65_HS1-834228961_62-HQ-83894_Section_6
Agency: FBI
Page 26
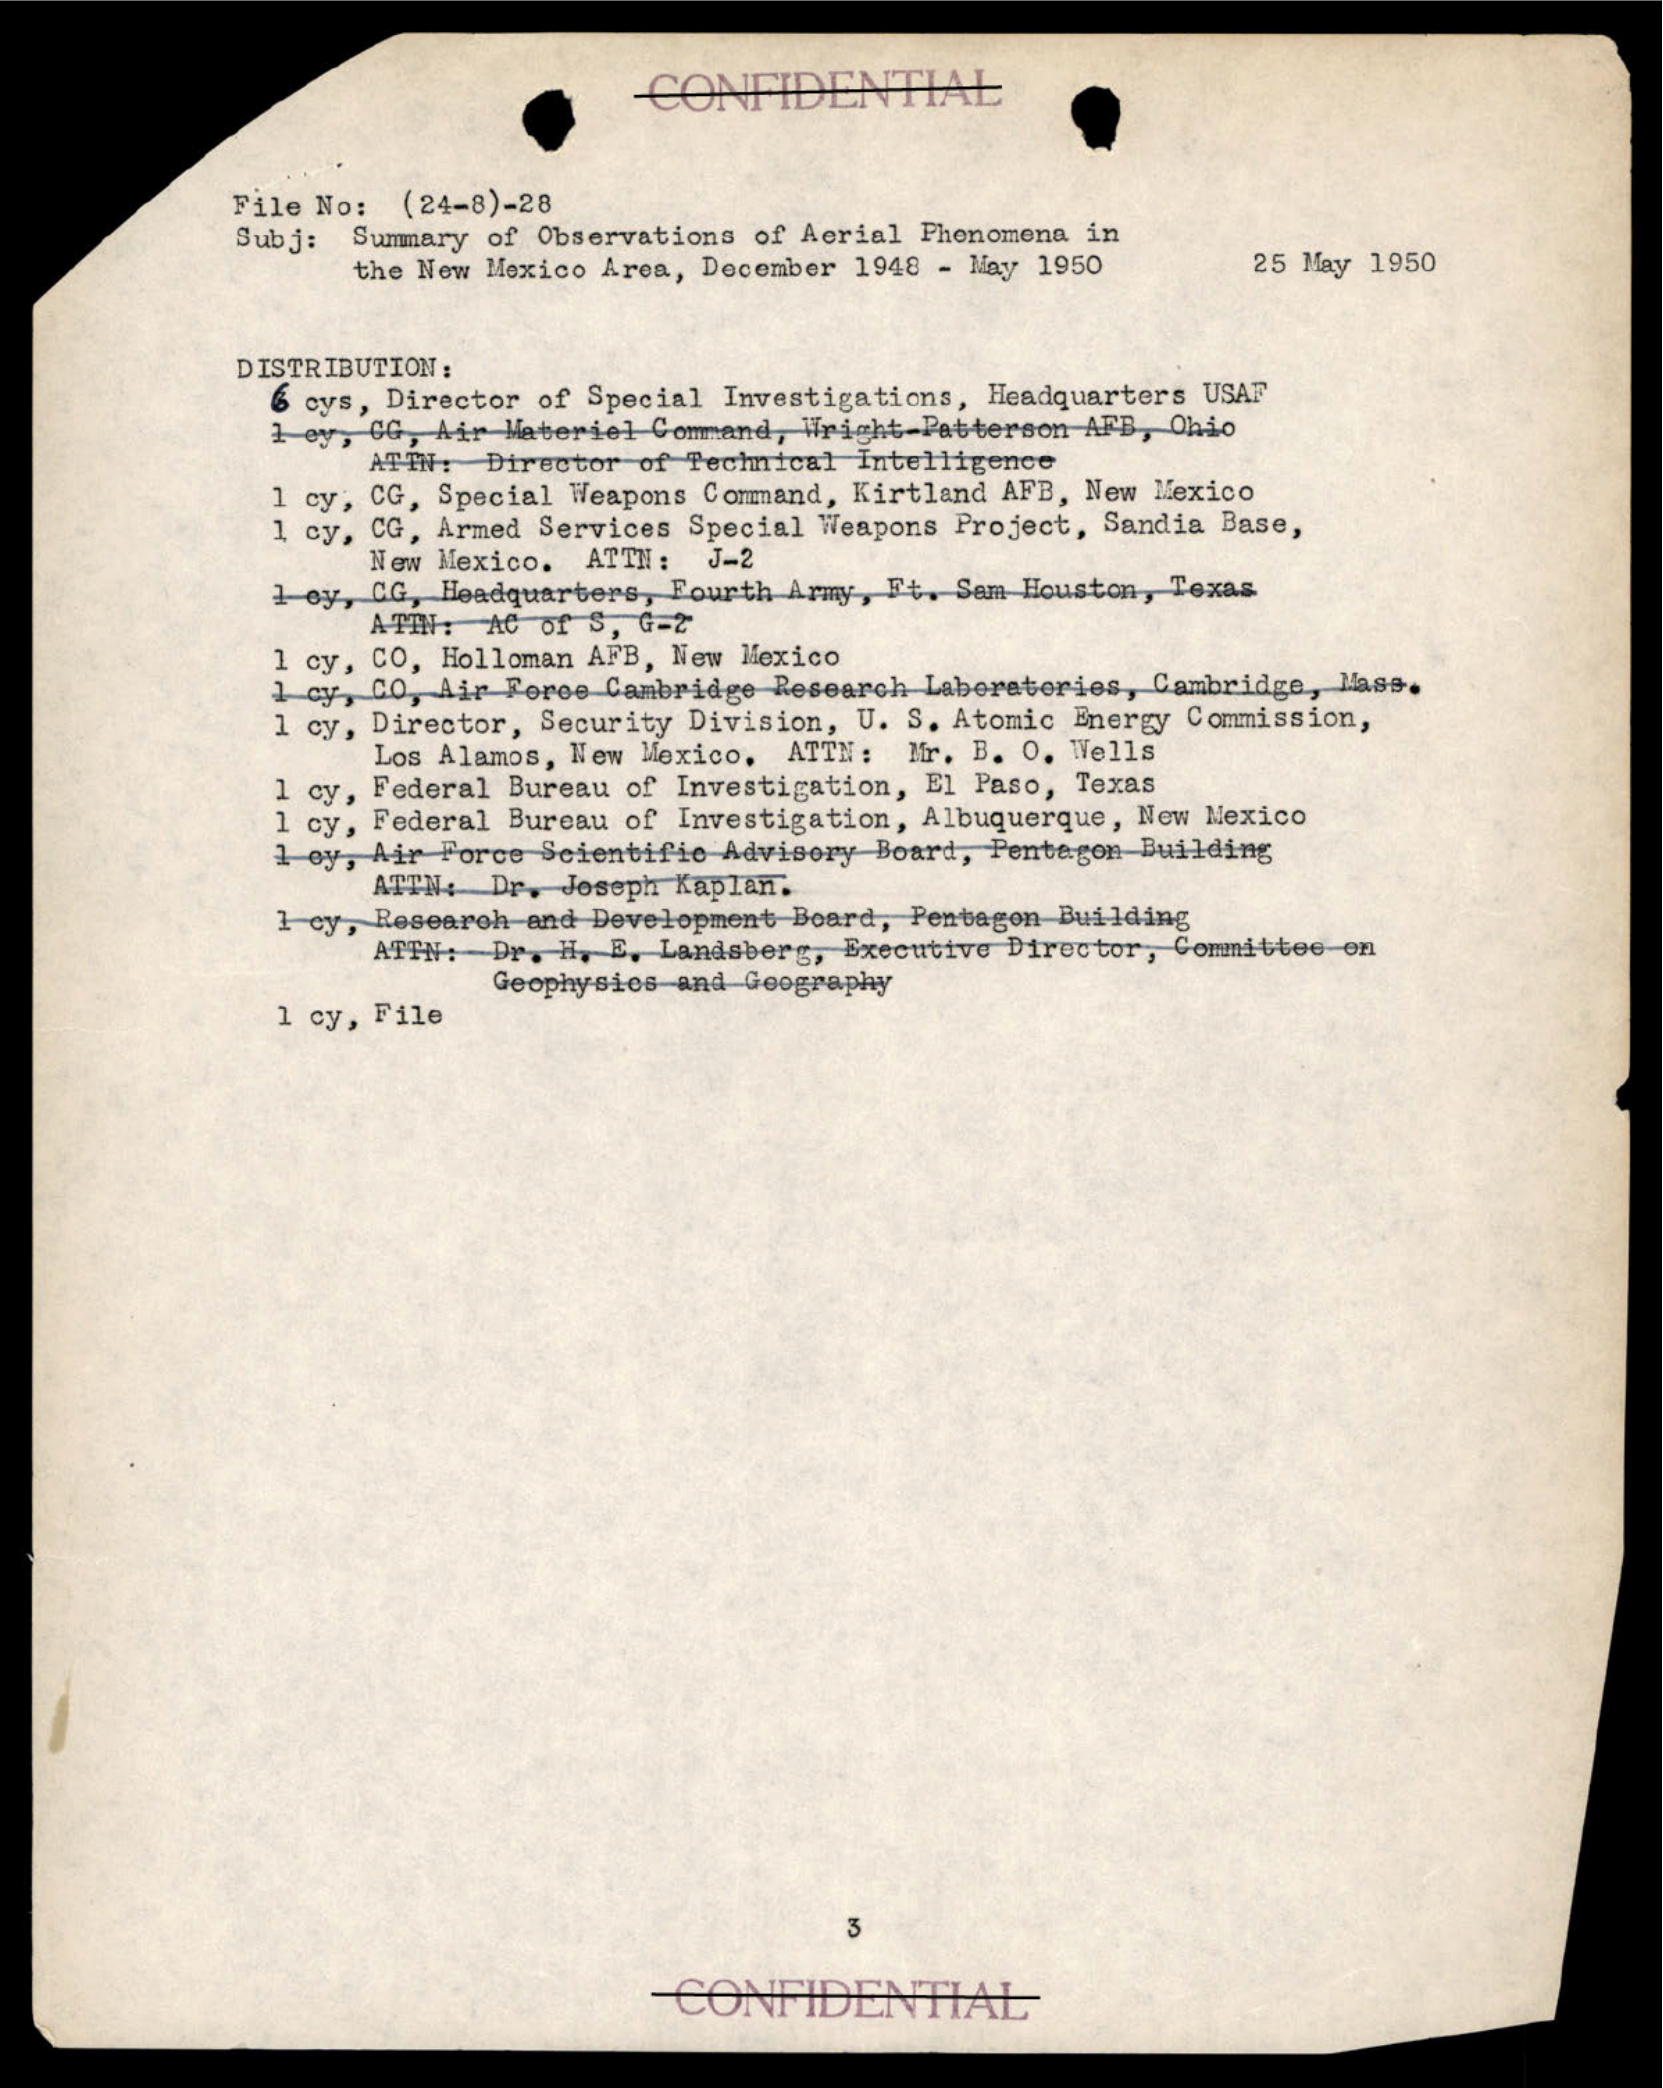